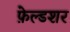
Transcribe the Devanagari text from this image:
फ़ेल्डशर